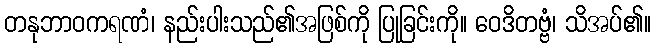
တနုဘာဝကရဏံ၊ နည်းပါးသည်၏အဖြစ်ကို ပြုခြင်းကို။ ဝေဒိတဗ္ဗံ၊ သိအပ်၏။